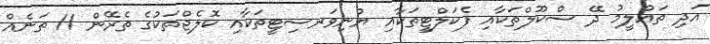
އަދި ތައްލީމު ދޭ ސްކޫލްތަކާއި ފެކަލްޓީތަކާއި ޔުނިވަރސިޓީތަކާއި ކޮލެޖްތަކުގެ ތެރޭން 11 ތަނެއް